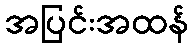
အပြင်းအထန်